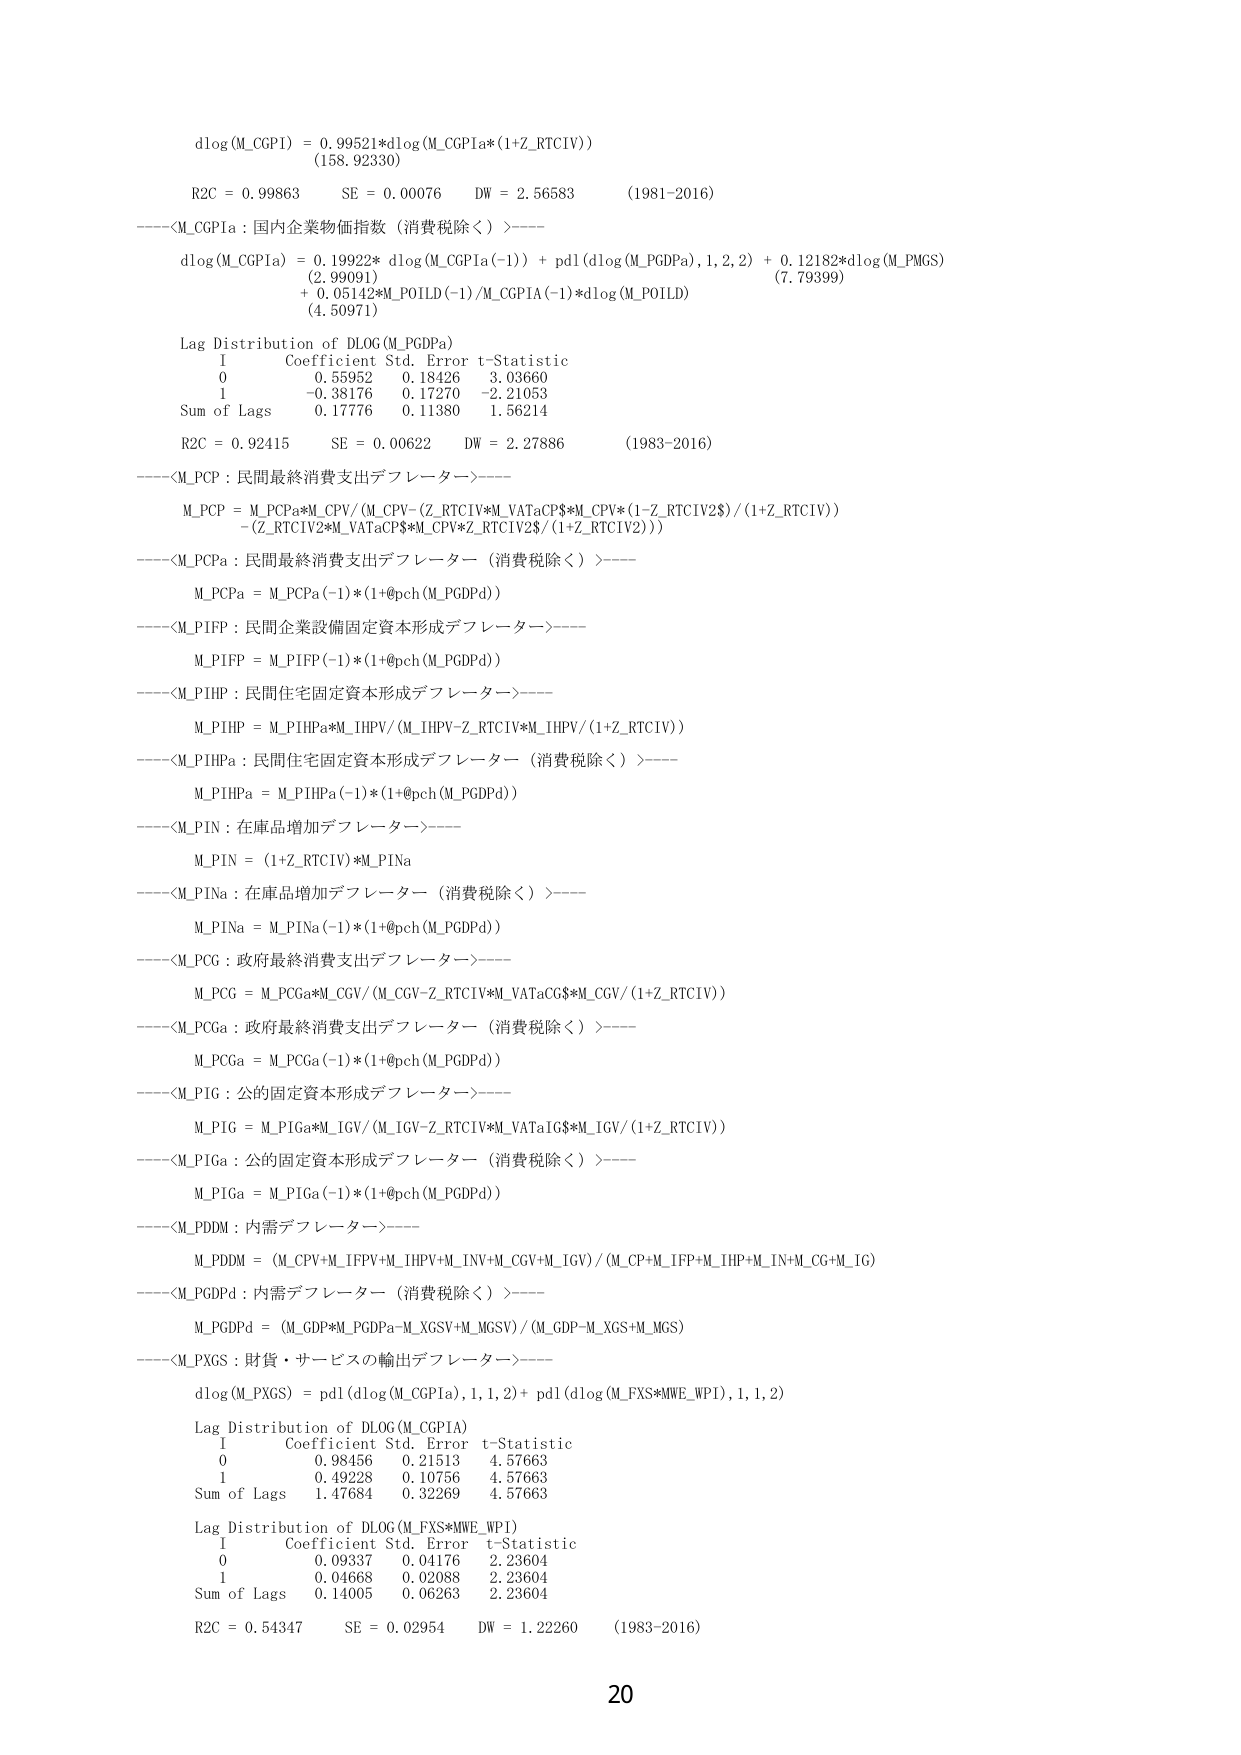
dlog(M_CGPI) = 0.99521*dlog(M_CGPIa*(1+Z_RTCIV))
(158.92330)
R2C = 0.99863     SE = 0.00076     DW = 2.56583     (1981-2016)
----<M_CGPIa : 国内企業物価指数（消費税除く）>----
dlog(M_CGPIa) = 0.19922* dlog(M_CGPIa(-1)) + pd1(dlog(M_PGDPa),1,2,2) + 0.12182*dlog(M_PMGS)
(2.99091)                             (7.79399)
+ 0.05142*M_POILD(-1)/M_CGPIA(-1)*dlog(M_POILD)
(4.50971)
Lag Distribution of DLOG(M_PGDPa)
I     Coefficient   Std. Error   t-Statistic
0     0.55952       0.18426      3.03660
1     -0.38176      0.17270      -2.21053
Sum of Lags     0.17776       0.11380      1.56214
R2C = 0.92415     SE = 0.00622     DW = 2.27886     (1983-2016)
----<M_PCP : 民間最終消費支出デフレーター>----
M_PCP = M_PCPa*M_CPV/(M_CPV-(Z_RTCIV*M_VATaCP$*M_CPV*(1-Z_RTCIV2$)/(1+Z_RTCIV)))
-(Z_RTCIV2*M_VATaCP$*M_CPV*Z_RTCIV2$/(1+Z_RTCIV2)))
----<M_PCPa : 民間最終消費支出デフレーター（消費税除く）>----
M_PCPa = M_PCPa(-1)*(1+@pch(M_PGDPd))
----<M_PIFP : 民間企業設備固定資本形成デフレーター>----
M_PIFP = M_PIFP(-1)*(1+@pch(M_PGDPd))
----<M_PIHP : 民間住宅固定資本形成デフレーター>----
M_PIHP = M_PIHPa*M_IHPV/(M_IHPV-Z_RTCIV*M_IHPV/(1+Z_RTCIV))
----<M_PIHPa : 民間住宅固定資本形成デフレーター（消費税除く）>----
M_PIHPa = M_PIHPa(-1)*(1+@pch(M_PGDPd))
----<M_PIN : 在庫品増加デフレーター>----
M_PIN = (1+Z_RTCIV)*M_PINa
----<M_PINa : 在庫品増加デフレーター（消費税除く）>----
M_PINa = M_PINa(-1)*(1+@pch(M_PGDPd))
----<M_PCG : 政府最終消費支出デフレーター>----
M_PCG = M_PCGa*M_CGV/(M_CGV-Z_RTCIV*M_VATaCG$*M_CGV/(1+Z_RTCIV))
----<M_PCGa : 政府最終消費支出デフレーター（消費税除く）>----
M_PCGa = M_PCGa(-1)*(1+@pch(M_PGDPd))
----<M_PIG : 公的固定資本形成デフレーター>----
M_PIG = M_PIGa*M_IGV/(M_IGV-Z_RTCIV*M_VATaIG$*M_IGV/(1+Z_RTCIV))
----<M_PIGa : 公的固定資本形成デフレーター（消費税除く）>----
M_PIGa = M_PIGa(-1)*(1+@pch(M_PGDPd))
----<M_PDDM : 内需デフレーター>----
M_PDDM = (M_CPV+M_IFPV+M_IHPV+M_INV+M_CGV+M_IGV)/(M_CP+M_IFP+M_IHP+M_IN+M_CG+M_IG)
----<M_PGDPd : 内需デフレーター（消費税除く）>----
M_PGDPd = (M_GDP*M_PGDPa-M_XGSV+M_MGSV)/(M_GDP-M_XGS+M_MGS)
----<M_PXGS : 財貨・サービスの輸出デフレーター>----
dlog(M_PXGS) = pd1(dlog(M_CGPIa),1,1,2) + pd1(dlog(M_FXS*MWE_WPI),1,1,2)
Lag Distribution of DLOG(M_CGPIA)
I     Coefficient   Std. Error   t-Statistic
0     0.98456       0.21513      4.57663
1     0.49228       0.10756      4.57663
Sum of Lags     1.47684       0.32269      4.57663
Lag Distribution of DLOG(M_FXS*MWE_WPI)
I     Coefficient   Std. Error   t-Statistic
0     0.09337       0.04176      2.23604
1     0.04668       0.02088      2.23604
Sum of Lags     0.14005       0.06263      2.23604
R2C = 0.54347     SE = 0.02954     DW = 1.22260     (1983-2016)
20